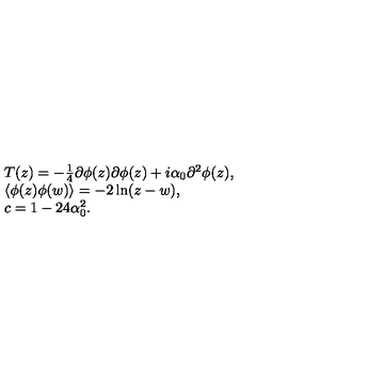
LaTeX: \begin{array} { r c l } { } & { } & { T ( z ) = - \frac { 1 } { 4 } \partial \phi ( z ) \partial \phi ( z ) + i \alpha _ { 0 } \partial ^ { 2 } \phi ( z ) , } \\ { } & { } & { \langle \phi ( z ) \phi ( w ) \rangle = - 2 \ln ( z - w ) , } \\ { } & { } & { c = 1 - 2 4 \alpha _ { 0 } ^ { 2 } . } \\ \end{array}